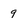
Character: 9